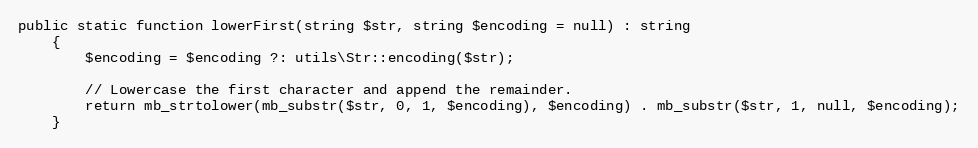
Language: PHP
public static function lowerFirst(string $str, string $encoding = null) : string
    {
        $encoding = $encoding ?: utils\Str::encoding($str);

        // Lowercase the first character and append the remainder.
        return mb_strtolower(mb_substr($str, 0, 1, $encoding), $encoding) . mb_substr($str, 1, null, $encoding);
    }